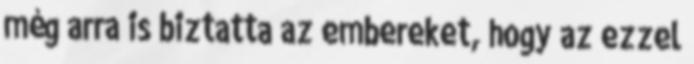
még arra is biztatta az embereket, hogy az ezzel